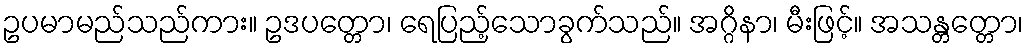
ဥပမာမည်သည်ကား။ ဥဒပတ္တော၊ ရေပြည့်သောခွက်သည်။ အဂ္ဂိနာ၊ မီးဖြင့်။ အသန္တတ္တော၊